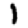
Digit: 1